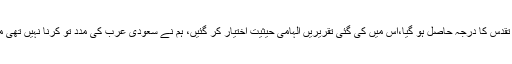
مگر سعودی عرب کومسئلہ درپیش ہوا تو اسی پارلیمنٹ کو تقدس کا درجہ حاصل ہو گیا،اس میں کی گئی تقریریں الہامی حیثیت اختیار کر گئیں، ہم نے سعودی عرب کی مدد تو کرنا نہیں تھی مگر سعودیہ کو صلواتیں سنانے کا موقع بھی ضائع نہیں کیا۔